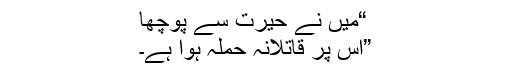
“میں نے حیرت سے پوچھا
”اُس پر قاتلانہ حملہ ہوا ہے۔